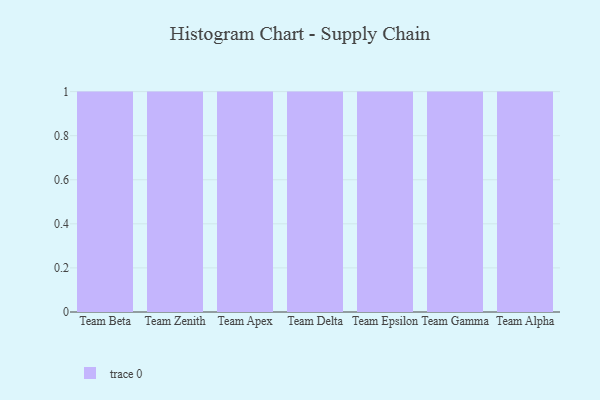
{"axis": {"x": "Team", "y": "Conversion Rate (%)"}, "legend": [""], "data": [{"x": "Team Beta", "y": 90, "type": ""}, {"x": "Team Zenith", "y": 55, "type": ""}, {"x": "Team Apex", "y": 56, "type": ""}, {"x": "Team Delta", "y": 78, "type": ""}, {"x": "Team Epsilon", "y": 64, "type": ""}, {"x": "Team Gamma", "y": 20, "type": ""}, {"x": "Team Alpha", "y": 58, "type": ""}]}